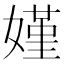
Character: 嫤